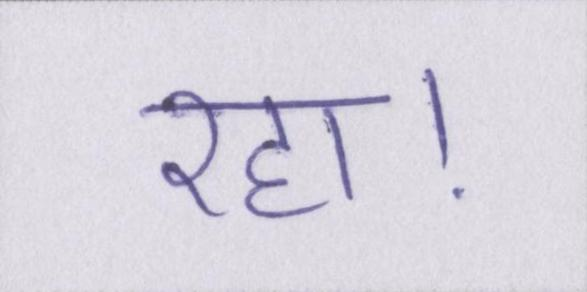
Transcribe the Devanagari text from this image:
रहा।